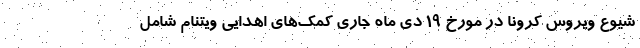
شیوع ویروس کرونا در مورخ ۱۹ دی ماه جاری کمک‌های اهدایی ویتنام شامل